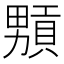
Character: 𤳢